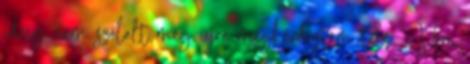
ideig nem szólalt meg újra megkérdeztem tőle. - Van,